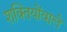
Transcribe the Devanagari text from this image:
शक्तियोंवाले